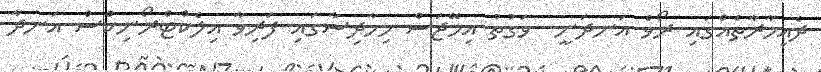
ދެއިމާރާތެއްގައި ރޯވެ އަނދަނީ  ވަގުތު އިމޭޖަސް މިހާދިސާގައި ފަރިވާ އިލެކްޓްރޯނިކްސް އަނދާ